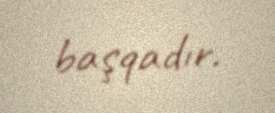
başqadır.